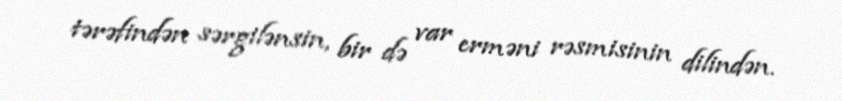
tərəfindən sərgilənsin, bir də var erməni rəsmisinin dilindən.